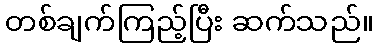
တစ်ချက်ကြည့်ပြီး ဆက်သည်။